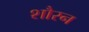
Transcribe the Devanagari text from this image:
शौरन